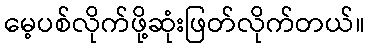
မေ့ပစ်လိုက်ဖို့ဆုံးဖြတ်လိုက်တယ်။